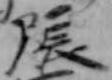
張